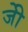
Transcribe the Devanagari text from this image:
जीे